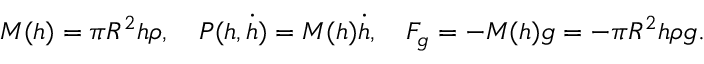
M ( h ) = \pi R ^ { 2 } h \rho , \quad P ( h , \dot { h } ) = M ( h ) \dot { h } , \quad F _ { g } = - M ( h ) g = - \pi R ^ { 2 } h \rho g .